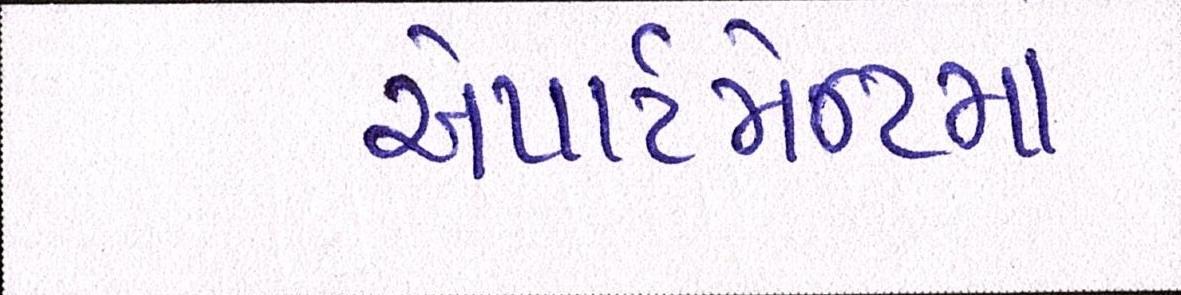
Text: એપાર્ટમેન્ટમાં